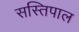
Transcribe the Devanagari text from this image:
सस्तिपाल